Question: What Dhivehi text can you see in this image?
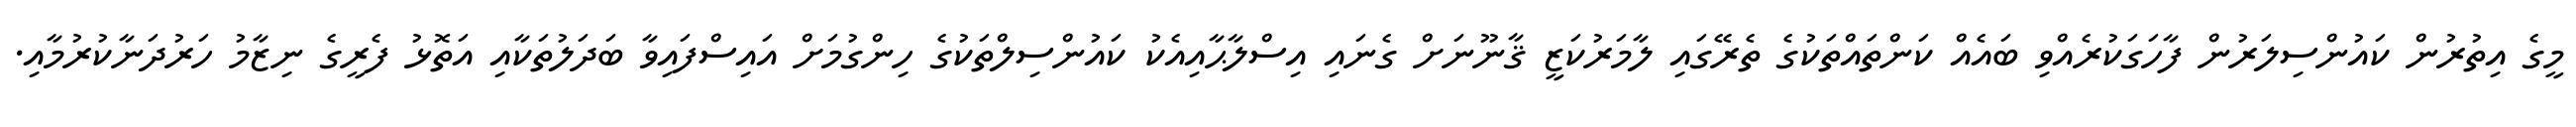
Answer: މީގެ އިތުރުން ކައުންސިލަރުން ފާހަގަކުރެއްވި ބައެއް ކަންތައްތަކުގެ ތެރޭގައި ލާމަރުކަޒީ ޤާނޫނަށް ގެނައި އިސްލާޙާއިއެކު ކައުންސިލްތަކުގެ ހިންގުމަށް އައިސްފައިވާ ބަދަލުތަކާއި އަތޮޅު ފެރީގެ ނިޒާމު ހަރުދަނާކުރުމާއި.